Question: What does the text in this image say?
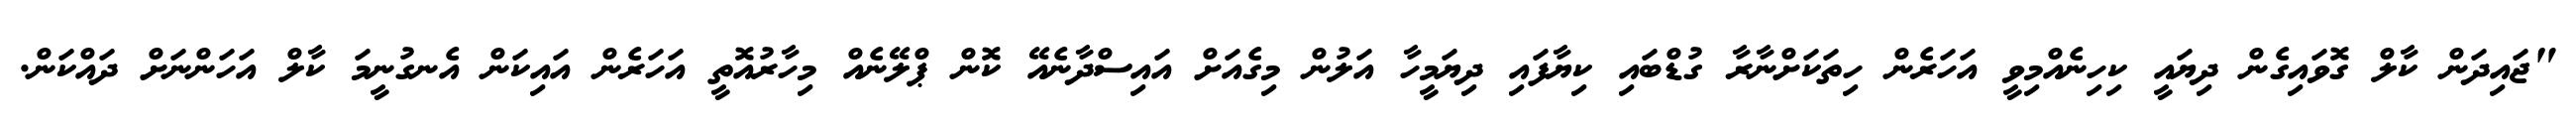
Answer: "ޖައިދަން ކާލް ގޮވައިގެން ދިޔައީ ކިހިނެއްމިވީ އަހަރެން ހިތަކަށްނާރާ ގުޑްބައި ކިޔާފައި ދިޔަމީހާ އަލުން މިގެއަށް އައިސްދާނެއޭ ކޮން ޕްލޭނެއް މިހާރުއޮތީ އަހަރެން އައިކަން އެނގުނީމަ ކާލް އަހަންނަށް ދައްކަން.